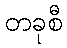
တခုစီ